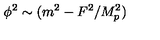
\phi ^ { 2 } \sim ( m ^ { 2 } - F ^ { 2 } / M _ { p } ^ { 2 } )